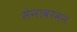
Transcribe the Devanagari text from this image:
सेनावरमन